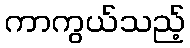
ကာကွယ်သည့်